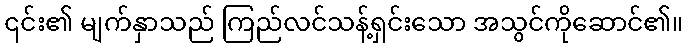
၎င်း၏ မျက်နှာသည် ကြည်လင်သန့်ရှင်းသော အသွင်ကိုဆောင်၏။